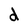
Character: d